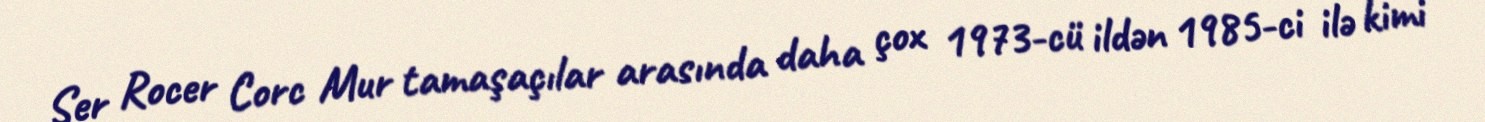
Ser Rocer Corc Mur tamaşaçılar arasında daha çox 1973-cü ildən 1985-ci ilə kimi